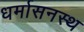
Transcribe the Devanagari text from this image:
धर्मासनस्थ